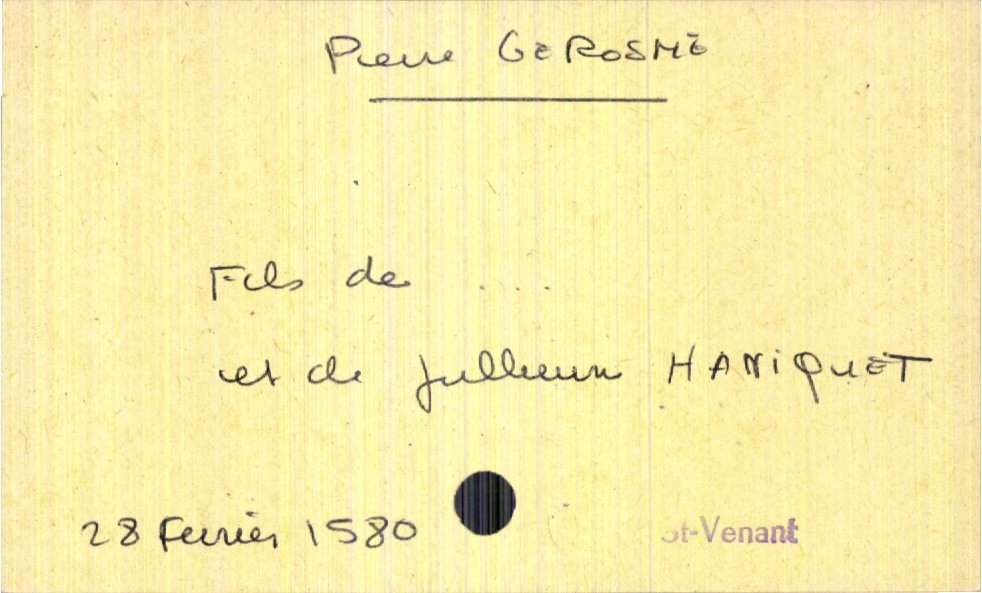
type_acte: Baptême
filiation: fils
enfant_prénom: Pierre
enfant_date_de_naissance: 28 février 1580
enfant_lieu_de_naissance: Saint-Venant
père_enfant_nom: Gerosme
mère_enfant_nom: Haniquet
mère_enfant_prénom: Julienne